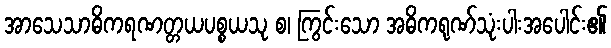
အာသေသာဓိကရဏတ္တယပစ္စယသု စ၊ ကြွင်းသော အဓိကရုဏ်သုံးပါးအပေါင်း၏